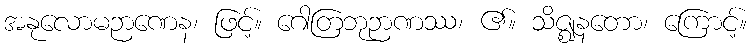
အနုလောမဉာဏေန၊ ဖြင့်။ ဂေါတြဘုဉာဏဿ၊ ၏။ သိဇ္ဈနတော၊ ကြောင့်။